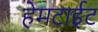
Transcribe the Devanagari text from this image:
हेमटाईट